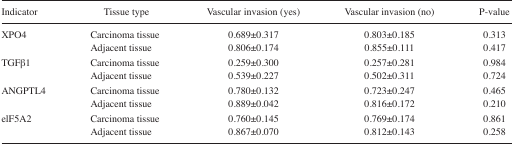
<table><thead><tr><td><b>Indicator</b></td><td><b>Tissue type</b></td><td><b>Vascular invasion (yes)</b></td><td><b>Vascular invasion (no)</b></td><td><b>P-value</b></td></tr></thead><tbody><tr><td rowspan="2">XPO4</td><td>Carcinoma tissue</td><td>0.689±0.317</td><td>0.803±0.185</td><td>0.313</td></tr><tr><td>Adjacent tissue</td><td>0.806±0.174</td><td>0.855±0.111</td><td>0.417</td></tr><tr><td rowspan="2">TGFβ1</td><td>Carcinoma tissue</td><td>0.259±0.300</td><td>0.257±0.281</td><td>0.984</td></tr><tr><td>Adjacent tissue</td><td>0.539±0.227</td><td>0.502±0.311</td><td>0.724</td></tr><tr><td rowspan="2">ANGPTL4</td><td>Carcinoma tissue</td><td>0.780±0.132</td><td>0.723±0.247</td><td>0.465</td></tr><tr><td>Adjacent tissue</td><td>0.889±0.042</td><td>0.816±0.172</td><td>0.210</td></tr><tr><td rowspan="2">elF5A2</td><td>Carcinoma tissue</td><td>0.760±0.145</td><td>0.769±0.174</td><td>0.861</td></tr><tr><td>Adjacent tissue</td><td>0.867±0.070</td><td>0.812±0.143</td><td>0.258</td></tr></tbody></table>